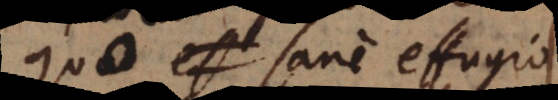
Quo sane effugio